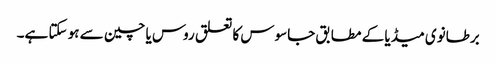
برطانوی میڈیا کے مطابق جاسوس کا تعلق روس یا چین سے ہو سکتا ہے۔